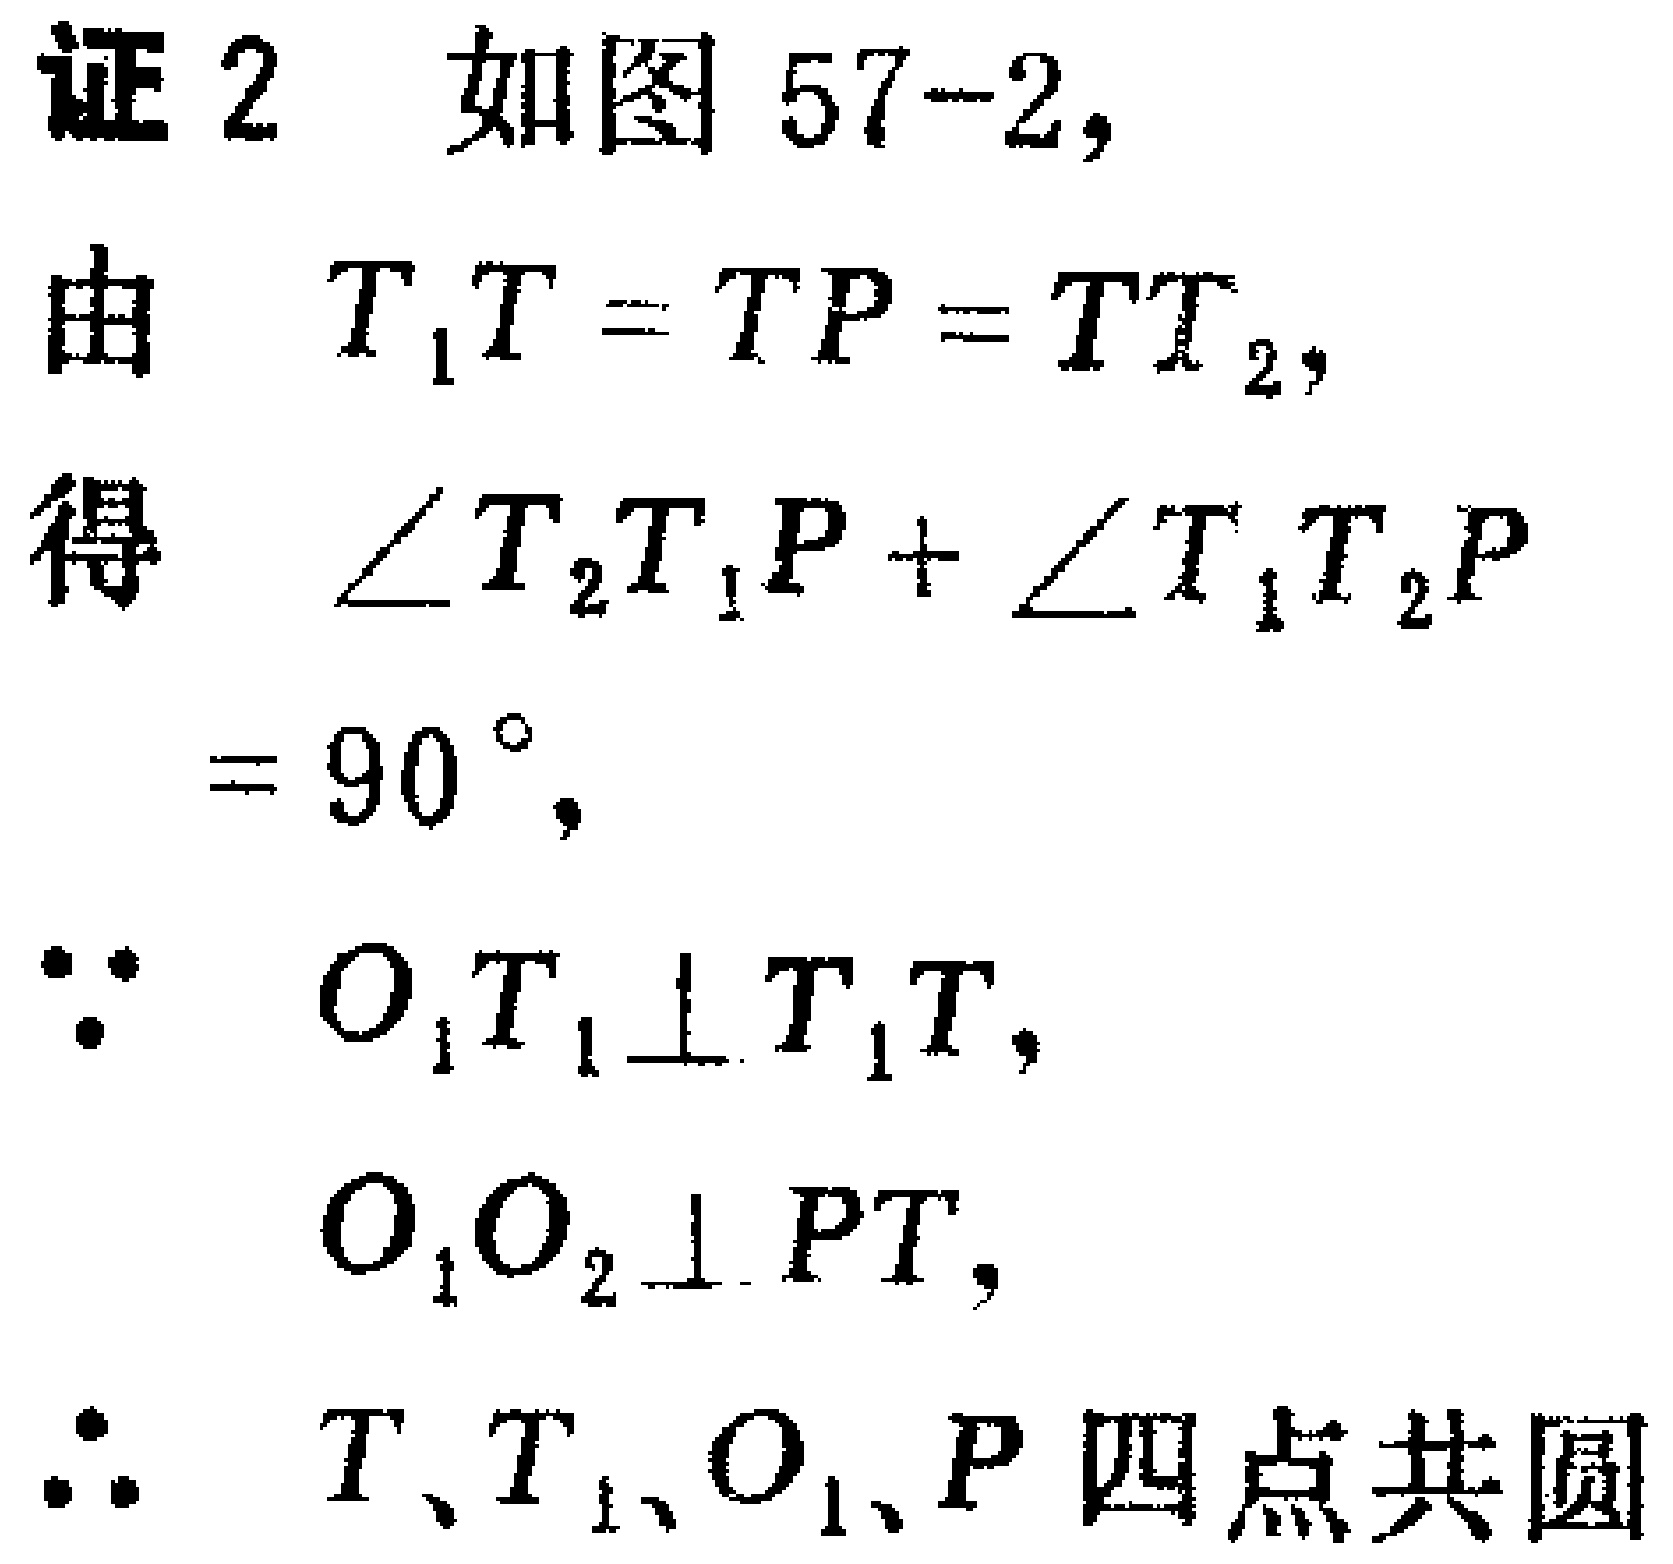
证 2 如图 57-2,
由 \(T_{1}T = TP = TT_{2}\),
得 \(\angle T_{2}T_{1}P+\angle T_{1}T_{2}P\)
\(= 90^{\circ}\),
\(\because\) \(O_{1}T_{1}\perp T_{1}T\),
\(O_{1}O_{2}\perp PT\),
\(\therefore\) \(T、T_{1}、O_{1}、P\) 四点共圆